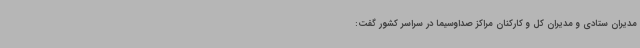
مدیران ستادی و مدیران کل و کارکنان مراکز صداوسیما در سراسر کشور گفت: